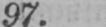
97.